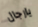
يارجال